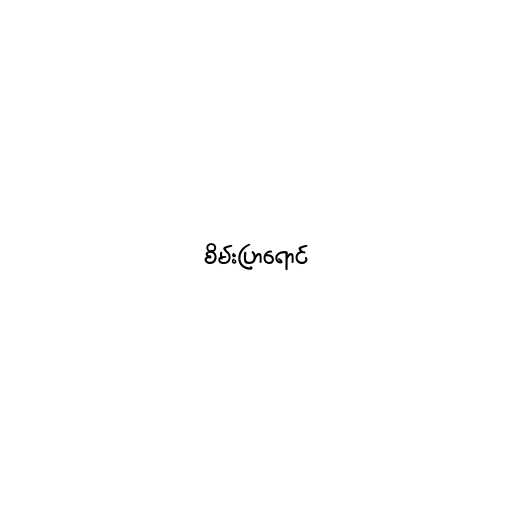
စိမ်းပြာရောင်